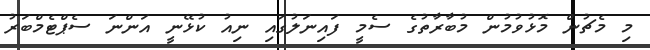
މި މެޗުން މޮޅުވުމުން މުބާރާތުގެ ސެމީ ފައިނަލުގައި ނިއު ކުޅޭނީ އަންނަ ސެޕްޓެމްބަރު